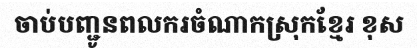
ចាប់បញ្ជូនពលករចំណាកស្រុកខ្មែរ ខុស